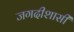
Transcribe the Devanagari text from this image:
जगदीशासी